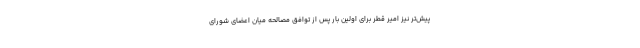
پیش‌تر نیز امیر قطر برای اولین بار پس از توافق مصالحه میان اعضای شورای